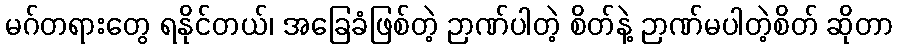
မဂ်တရားတွေ ရနိုင်တယ်၊ အခြေခံဖြစ်တဲ့ ဉာဏ်ပါတဲ့ စိတ်နဲ့ ဉာဏ်မပါတဲ့စိတ် ဆိုတာ